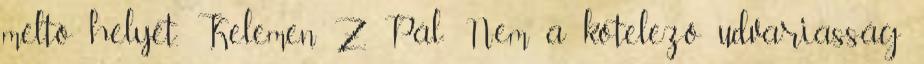
méltó helyét. Kelemen Z. Pál: Nem a kötelező udvariasság